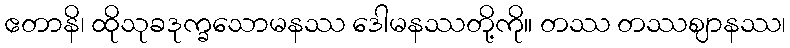
ဧတာနိ၊ ထိုသုခဒုက္ခသောမနဿ ဒေါမနဿတို့ကို။ တဿ တဿဈာနဿ၊